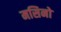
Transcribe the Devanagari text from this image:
मसिनो